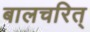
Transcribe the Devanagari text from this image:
बालचरित्‌